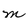
Character: m